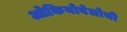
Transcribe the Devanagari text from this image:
ओकियोबेलोची